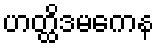
ဟတ္ထိဒမကေန